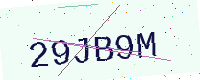
Text: 29JB9M